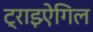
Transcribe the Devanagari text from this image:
ट्राइऐंगिल